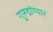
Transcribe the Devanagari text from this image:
गुरुडोंग्मार